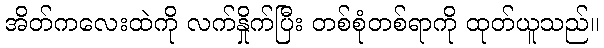
အိတ်ကလေးထဲကို လက်နှိုက်ပြီး တစ်စုံတစ်ရာကို ထုတ်ယူသည်။